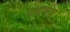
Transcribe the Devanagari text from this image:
दबाभार